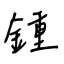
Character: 鍾